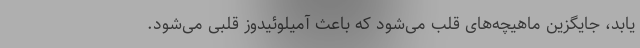
‌یابد، جایگزین ماهیچه‌های قلب می‌شود که باعث آمیلوئیدوز قلبی می‌شود.